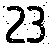
23